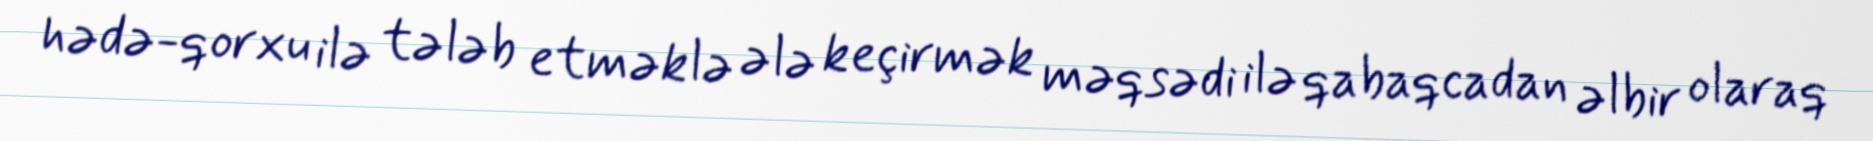
hədə-qorxu ilə tələb etməklə ələ keçirmək məqsədi ilə qabaqcadan əlbir olaraq